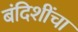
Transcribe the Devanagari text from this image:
बंदिशींचा